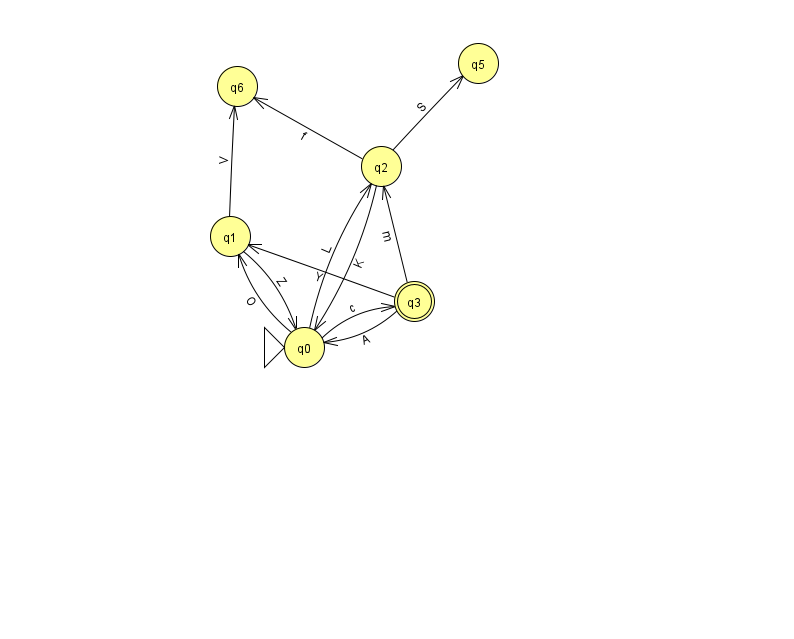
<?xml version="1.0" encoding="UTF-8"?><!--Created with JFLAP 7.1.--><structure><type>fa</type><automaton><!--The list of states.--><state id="0" name="q0"><x>304.0</x><y>334.0</y><initial/></state><state id="1" name="q1"><x>230.0</x><y>223.0</y></state><state id="2" name="q2"><x>381.0</x><y>153.0</y></state><state id="3" name="q3"><x>414.0</x><y>288.0</y><final/></state><state id="5" name="q5"><x>478.0</x><y>50.0</y></state><state id="6" name="q6"><x>237.0</x><y>73.0</y></state><!--The list of transitions.--><transition><from>2</from><to>5</to><read>S</read></transition><transition><from>1</from><to>6</to><read>V</read></transition><transition><from>2</from><to>0</to><read>K</read></transition><transition><from>0</from><to>2</to><read>L</read></transition><transition><from>3</from><to>1</to><read>Y</read></transition><transition><from>3</from><to>0</to><read>A</read></transition><transition><from>0</from><to>3</to><read>c</read></transition><transition><from>0</from><to>1</to><read>O</read></transition><transition><from>3</from><to>2</to><read>m</read></transition><transition><from>1</from><to>0</to><read>Z</read></transition><transition><from>2</from><to>6</to><read>f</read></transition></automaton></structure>